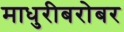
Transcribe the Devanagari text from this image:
माधुरीबरोबर